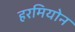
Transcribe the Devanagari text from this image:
हरमियोन